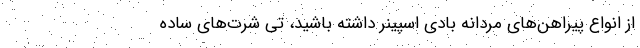
از انواع پیراهن‌های مردانه بادی اسپینر داشته باشید، تی شرت‌های ساده